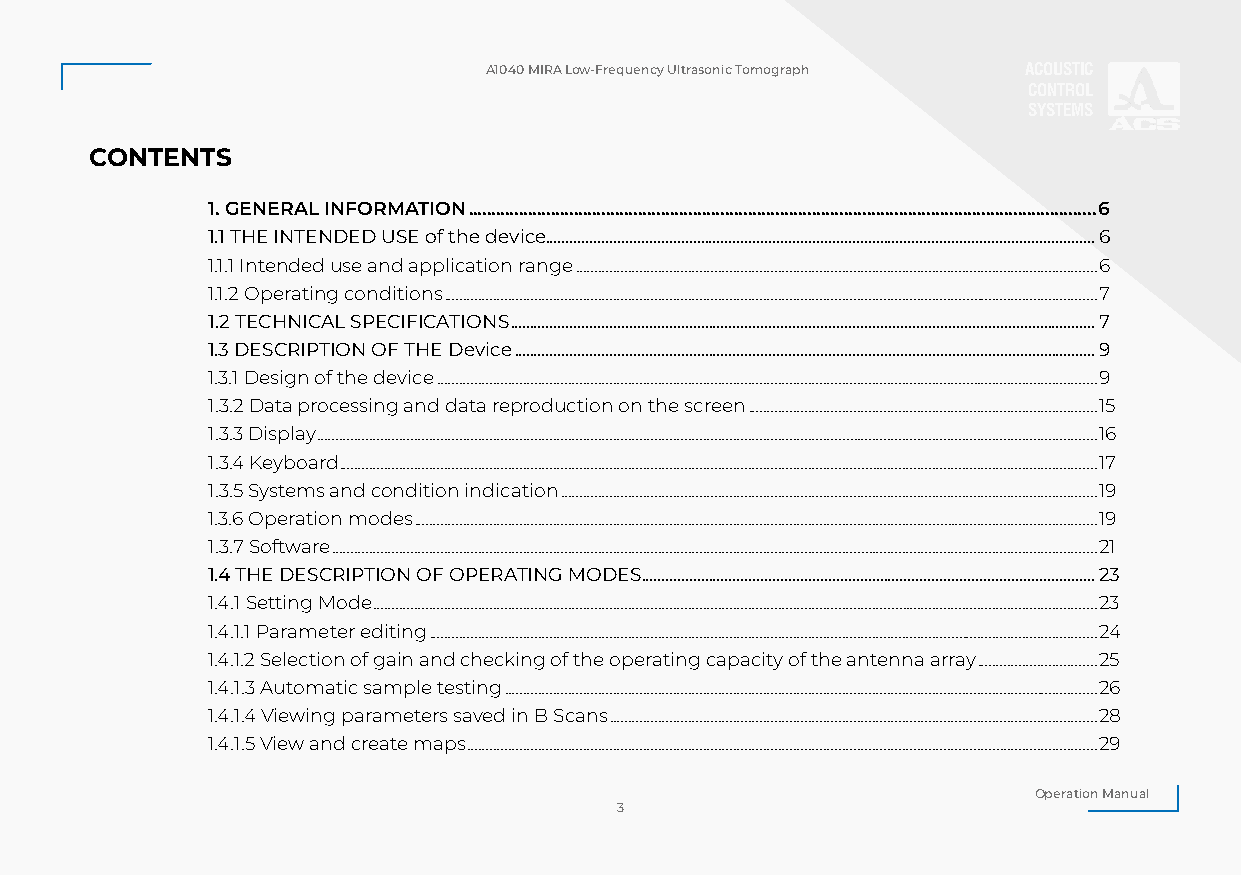
А1040 MIRA Low-Frequency Ultrasonic Tomograph ACOUSTIC
 CONTROL
 SYSTEMS
 CONTENTS
 1. GENERAL INFORMATION .........................................................................................................................................6
 1.1 THE INTENDED USE of the device ..........................................................................................................................................6
 1.1.1 Intended use and application range ...........................................................................................................................................6
 1.1.2 Operating conditions ..............................................................................................................................................................................7
 1.2 TECHNICAL SPECIFICATIONS ...................................................................................................................................................7
 1.3 DESCRIPTION OF THE Device ..................................................................................................................................................9
 1.3.1 Design of the device ................................................................................................................................................................................9
 1.3.2 Data processing and data reproduction on the screen .............................................................................................15
 1.3.3 Display ................................................................................................................................................................................................................16
 1.3.4 Keyboard ..........................................................................................................................................................................................................17
 1.3.5 Systems and condition indication ...............................................................................................................................................19
 1.3.6 Operation modes ......................................................................................................................................................................................19
 1.3.7 Software ............................................................................................................................................................................................................21
 1.4 THE DESCRIPTION OF OPERATING MODES..................................................................................................................23
 1.4.1 Setting Mode .................................................................................................................................................................................................23
 1.4.1.1 Parameter editing ..................................................................................................................................................................................24
 1.4.1.2 Selection of gain and checking of the operating capacity of the antenna array ................................25
 1.4.1.3 Automatic sample testing ..............................................................................................................................................................26
 1.4.1.4 Viewing parameters saved in B Scans ..................................................................................................................................28
 1.4.1.5 View and create maps ........................................................................................................................................................................29
 Operation Manual
 3